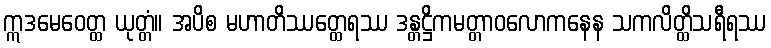
ဣဒမေဝေတ္ထ ယုတ္တံ။ အပိစ မဟာတိဿတ္ထေရဿ ဒန္တဋ္ဌိကမတ္တာဝလောကနေန သကလိတ္ထိသရီရဿ